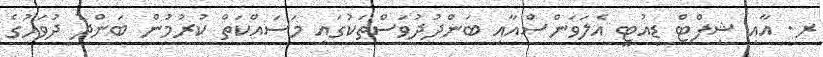
ރ. އާއި ޝިފްޓް ޑިއުޓީ އެލަވަންސްއާއި ބަންދުދުވަސްތަކުގައި މަސައްކަތް ކުރުމުން ބަންދު ދުވަހުގެ